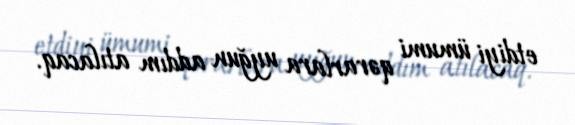
etdiyi ümumi qərarlara uyğun addım atılacaq.